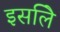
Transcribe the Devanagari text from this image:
इसलिे